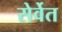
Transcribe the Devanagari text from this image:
सेर्वेत